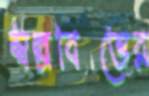
স্বল্পবিত্তের